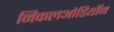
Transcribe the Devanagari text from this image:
निकलओडियॉन